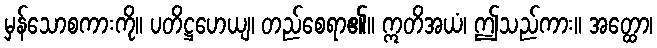
မှန်သောစကားကို။ ပတိဋ္ဌဟေယျ၊ တည်စေရာ၏။ ဣတိအယံ၊ ဤသည်ကား။ အတ္ထော၊